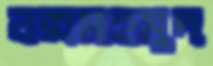
বক্সমাহমুদ